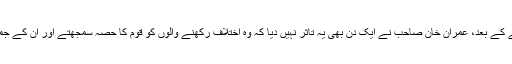
وزیر اعظم کا منصب سنبھالنے کے بعد، عمران خان صاحب نے ایک دن بھی یہ تاثر نہیں دیا کہ وہ اختلاف رکھنے والوں کو قوم کا حصہ سمجھتے اور ان کے جمہوری حق کو تسلیم کرتے ہیں۔